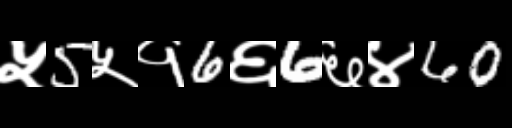
Text: ५5५१6६6६४60